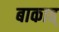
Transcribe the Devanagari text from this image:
बाकाह्